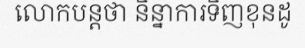
លោកបន្តថា និន្នាការទិញខុនដូ